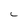
Character: C